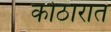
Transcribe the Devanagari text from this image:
कोठारात